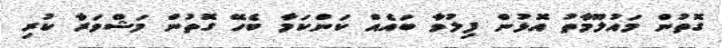
ގޮތުން މައުލޫމާތު އޮޅުން ފިލުވާ ބައެއް ކަންކަމާ ބެހޭ ގޮތުން މަޝްވަރާ ކުރި